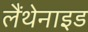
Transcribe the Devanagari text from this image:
लैंथेनाइड